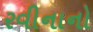
રવીનાનો